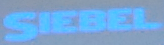
SIEBEL